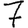
Digit: 7